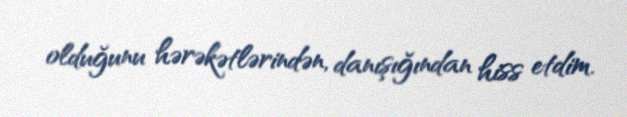
olduğunu hərəkətlərindən, danışığından hiss etdim.